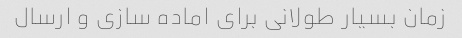
زمان بسیار طولانی برای اماده سازی و ارسال